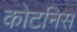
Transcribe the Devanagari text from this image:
कोटनिस